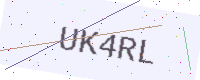
Text: UK4RL